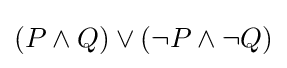
(P\land Q)\lor (\neg P\land \neg Q)